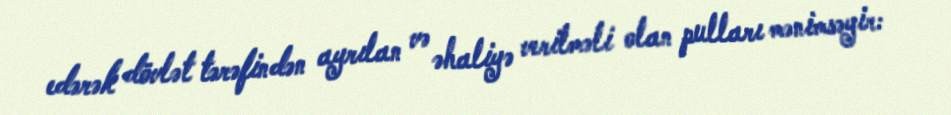
edərək dövlət tərəfindən ayrılan və əhaliyə verilməli olan pulları mənimsəyir: